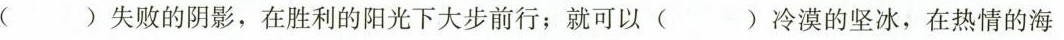
( )失败的阴影，在胜利的阳光下大步前行；就可以( )冷漠的坚冰，在热情的海